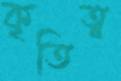
কৃতিত্ব